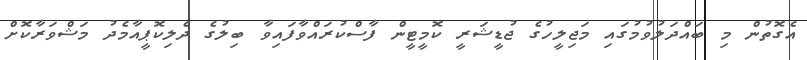
އެގޮތުން މި ބައްދަލުވުމުގައި މަޖިލީހުގެ ޖުޑީޝަރީ ކޮމީޓީން ފާސްކުރައްވާފައިވާ ބިލުގެ ދެލިކޮޕީއާމެދު މަޝްވަރާކޮށް